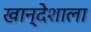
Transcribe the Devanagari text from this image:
खान्देशाला